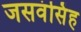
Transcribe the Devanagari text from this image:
जसवंसिंह